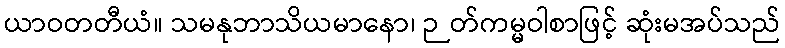
ယာဝတတီယံ။ သမနုဘာသိယမာနော၊ ဉတ်ကမ္မဝါစာဖြင့် ဆုံးမအပ်သည်